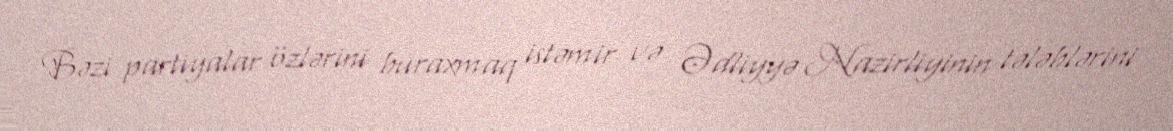
Bəzi partiyalar özlərini buraxmaq istəmir və Ədliyyə Nazirliyinin tələblərini